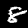
Label: 8